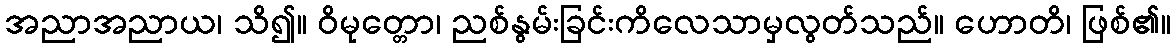
အညာအညာယ၊ သိ၍။ ဝိမုတ္တော၊ ညစ်နွမ်းခြင်းကိလေသာမှလွတ်သည်။ ဟောတိ၊ ဖြစ်၏။